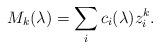
LaTeX: \begin{align*} M_k(\lambda) = \sum_i c_i(\lambda) z_i^k.\end{align*}